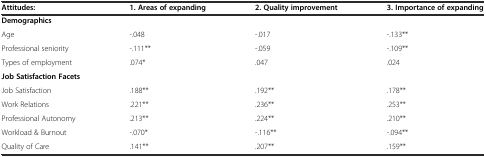
<table><thead><tr><td><b>Attitudes:</b></td><td><b>1. Areas of expanding</b></td><td><b>2. Quality improvement</b></td><td><b>3. Importance of expanding</b></td></tr></thead><tbody><tr><td><b>Demographics</b></td><td></td><td></td><td></td></tr><tr><td>Age</td><td>-.048</td><td>-.017</td><td>-.133**</td></tr><tr><td>Professional seniority</td><td>-.111**</td><td>-.059</td><td>-.109**</td></tr><tr><td>Types of employment</td><td>.074*</td><td>.047</td><td>.024</td></tr><tr><td><b>Job Satisfaction Facets</b></td><td></td><td></td><td></td></tr><tr><td>Job Satisfaction</td><td>.188**</td><td>.192**</td><td>.178**</td></tr><tr><td>Work Relations</td><td>.221**</td><td>.236**</td><td>.253**</td></tr><tr><td>Professional Autonomy</td><td>.213**</td><td>.224**</td><td>.210**</td></tr><tr><td>Workload &amp; Burnout</td><td>-.070*</td><td>-.116**</td><td>-.094**</td></tr><tr><td>Quality of Care</td><td>.141**</td><td>.207**</td><td>.159**</td></tr></tbody></table>